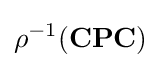
\rho ^{-1}(\mathbf {CPC} )